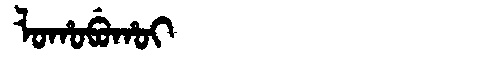
Manchu: ᠯᠣᡥᠣᠪᡠᡥᠣᡳ
Romanization: LOHOBUHOI